Indian journal of veterinary science and animal husbandry - Volumes 18-21, 1948-1951
Year: 1948
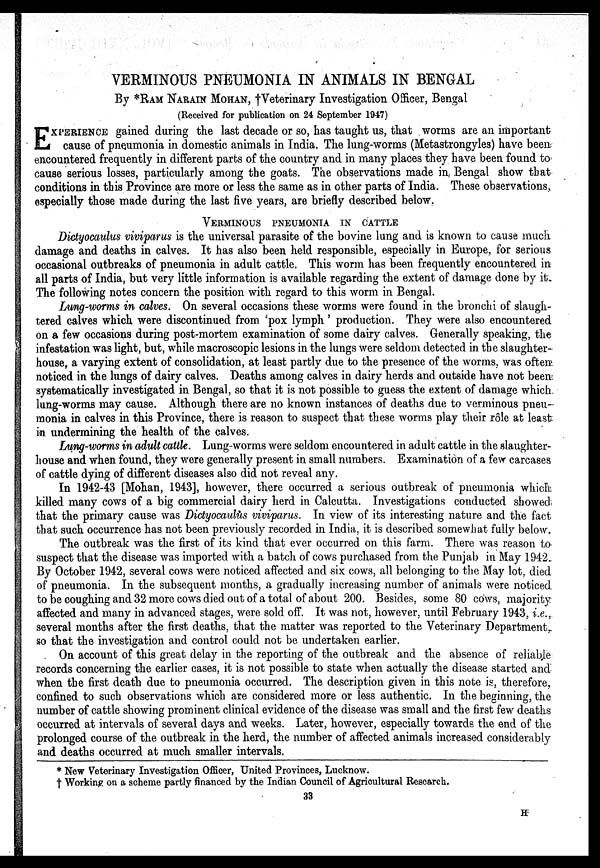
VERMINOUS PNEUMONIA IN ANIMALS IN BENGAL
By *RAM NARAIN MOHAN, †Veterinary Investigation Officer, Bengal
(Received for publication on 24 September 1947)
E XPERIENCE gained during the last decade or so, has taught us, that worms are an important
cause of pneumonia in domestic animals in India. The lung-worms (Metastrongyles) have been
encountered frequently in different parts of the country and in many places they have been found to
cause serious losses, particularly among the goats. The observations made in Bengal show that
conditions in this Province are more or less the same as in other parts of India. These observations
especially those made during the last five years, are briefly described below.
VERMINOUS PNEUMONIA IN CATTLE
Dictyocaulus viviparus is the universal parasite of the bovine lung and is known to cause much
damage and deaths in calves. It has also been held responsible, especially in Europe, for serious
occasional outbreaks of pneumonia in adult cattle. This worm has been frequently encountered in
all parts of India, but very little information is available regarding the extent of damage done by it.
The following notes concern the position with regard to this worm in Bengal.
Lung-worms in calves. On several occasions these worms were found in the bronchi of slaugh-
tered calves which were discontinued from 'pox lymph' production. They were also encountered
on a few occasions during post-mortem examination of some dairy calves. Generally speaking, the
infestation was light, but, while macroscopic lesions in the lungs were seldom detected in the slaughter-
house, a varying extent of consolidation, at least partly due to the presence of the worms, was often
noticed in the lungs of dairy calves. Deaths among calves in dairy herds and outside have not been
systematically investigated in Bengal, so that it is not possible to guess the extent of damage which
lung-worms may cause. Although there are no known instances of deaths due to verminous pneu-
monia in calves in this Province, there is reason to suspect that these worms play their rôle at least
in undermining the health of the calves.
Lung-worms in adult cattle. Lung-worms were seldom encountered in adult cattle in the slaughter-
house and when found, they were generally present in small numbers. Examination of a few carcases
of cattle dying of different diseases also did not reveal any.
In 1942-43 [Mohan, 1943], however, there occurred a serious outbreak of pneumonia which
killed many cows of a big commercial dairy herd in Calcutta. Investigations conducted showed
that the primary cause was Dictyocaulus viviparus. In view of its interesting nature and the fact
that such occurrence has not been previously recorded in India, it is described somewhat fully below.
The outbreak was the first of its kind that ever occurred on this farm. There was reason to
suspect that the disease was imported with a batch of cows purchased from the Punjab in May 1942.
By October 1942, several cows were noticed affected and six cows, all belonging to the May lot. died
of pneumonia. In the subsequent months, a gradually increasing number of animals were noticed
to be coughing and 32 more cows died out of a total of about 200. Besides, some 80 cows, majority
affected and many in advanced stages, were sold off. It was not, however, until February 1943, i.e.,
several months after the first deaths, that the matter was reported to the Veterinary Department,
so that the investigation and control could not be undertaken earlier.
On account of this great delay in the reporting of the outbreak and the absence of reliable
records concerning the earlier cases, it is not possible to state when actually the disease started and
when the first death due to pneumonia occurred. The description given in this note is, therefore,
confined to such observations which are considered more or less authentic. In the beginning, the
number of cattle showing prominent clinical evidence of the disease was small and the first few deaths
occurred at intervals of several days and weeks. Later, however, especially towards the end of the
prolonged course of the outbreak in the herd, the number of affected animals increased considerably
and deaths occurred at much smaller intervals.
* New Veterinary Investigation Officer, United Provinces, Lucknow.
†Working on a scheme partly financed by the Indian Council of Agricultural Research.
33
H